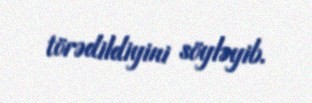
törədildiyini söyləyib.